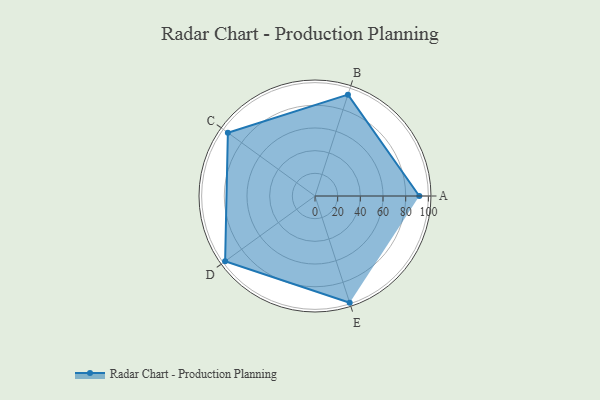
{"axis": {"x": "Skill", "y": "Score"}, "legend": ["Profile"], "data": [{"x": "A", "y": 92.0, "type": "Profile"}, {"x": "B", "y": 94.0, "type": "Profile"}, {"x": "C", "y": 95.0, "type": "Profile"}, {"x": "D", "y": 98.0, "type": "Profile"}, {"x": "E", "y": 99, "type": "Profile"}]}